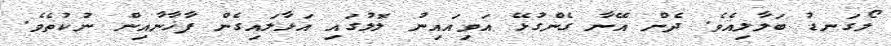
ލޯގަނޑު ބަލާލިއެވެ. ދެން އޭނާ ގެންގުޅޭ އަވިއައިނު ލޮލުގައި އަޅާލައިގެން ފާޚާނާއިން ނުކުތެވެ.